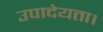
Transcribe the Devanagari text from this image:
उपादेयता।